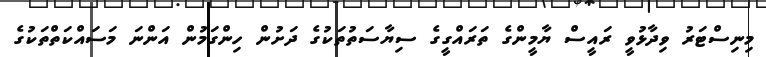
މިނިސްޓަރު ވިދާޅުވީ ރައީސް ޔާމީންގެ ތަރައްގީގެ ސިޔާސަތުތަކުގެ ދަށުން ހިންގަމުން އަންނަ މަސައްކަތްތަކުގެ